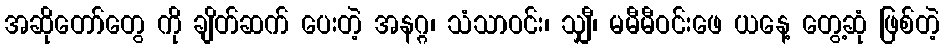
အဆိုတော်တွေ ကို ချိတ်ဆက် ပေးတဲ့ အနဂ္ဂ၊ သံသာဝင်း၊ သျှီ၊ မမီမီဝင်းဖေ ယနေ့ တွေ့ဆုံ ဖြစ်တဲ့